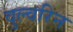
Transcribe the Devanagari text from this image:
वुल्वरिन